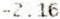
-2.16